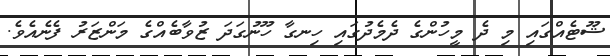
ޝޫޓެއްގައި މި ދެ މީހުންގެ ދެމެދުގައި ހިނގާ ހޫނުގަދަ ޒުވާބެއްގެ މަންޒަރު ފެނެއެވެ.